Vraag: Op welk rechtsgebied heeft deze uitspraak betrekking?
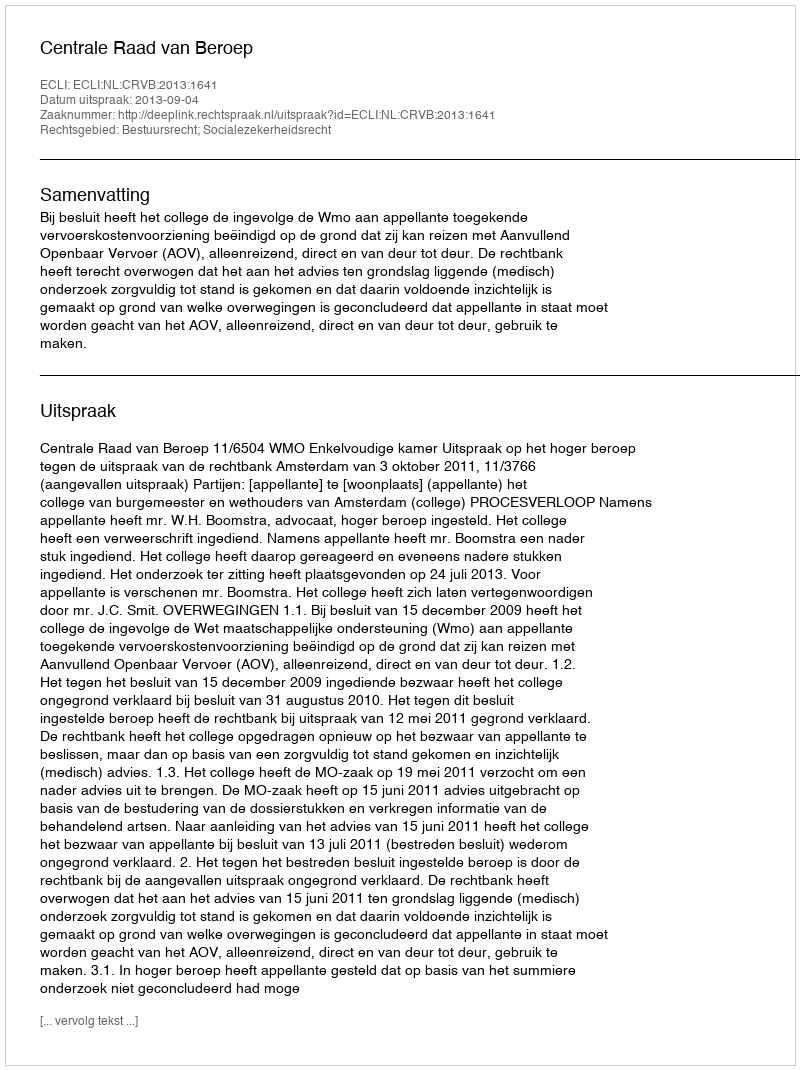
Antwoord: Bestuursrecht; Socialezekerheidsrecht